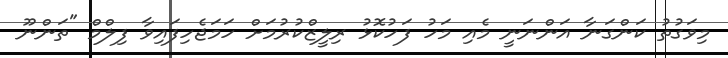
މިވަގުތު ކަންގަނާ އަންނަނީ މެއި މަހު ފަހުކޮޅު ރިލީޒްކުރުމަށް ހަމަޖެހިފައިވާ ފިލްމް "ތަންނޫ